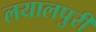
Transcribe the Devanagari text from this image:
लयालपुरी